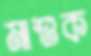
মাশুক